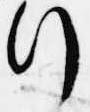
行